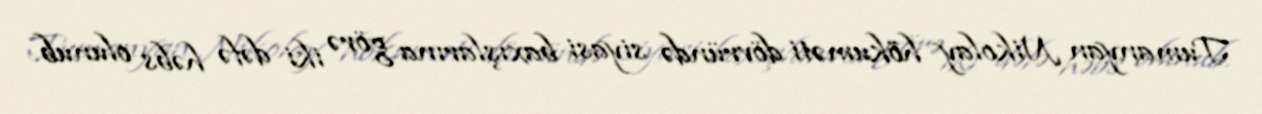
Tumanyan Nikolay hökuməti dövründə siyasi baxışlarına görə iki dəfə həbs olunub.